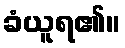
ခံယူရ၏။